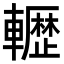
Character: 𮝬